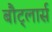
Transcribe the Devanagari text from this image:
बौट्लार्स